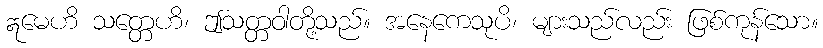
ဣမေဟိ သတ္တေဟိ၊ ဤသတ္တဝါတို့သည်။ အနေကေသုပိ၊ များသည်လည်း ဖြစ်ကုန်သော။